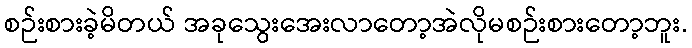
စဉ်းစားခဲ့မိတယ် အခုသွေးအေးလာတော့အဲလိုမစဉ်းစားတော့ဘူး.